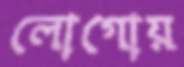
লোগোয়